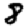
Digit: 8